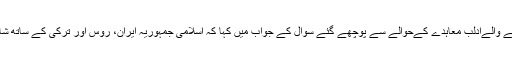
ایرانی اسپیکر نے ماسکو اور انقرہ کے درمیان حالیہ طے پائے جانے والےادلب معاہدے کےحوالے سے پوچھے گئے سوال کے جواب میں کہا کہ اسلامی جمہوریہ ایران، روس اور ترکی کے ساتھ شامی مسئلہ حل کرنے کے لئے ایک مشترکہ اقدام پرغور کر رہا ہے۔